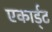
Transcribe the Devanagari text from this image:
एकार्ड्‌ट